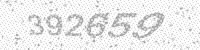
Solution: 392659